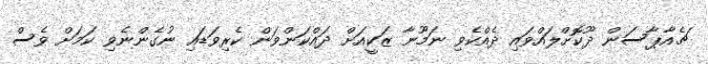
ޗެއާޕާސަން ދޫކޮށްލައްވައި ދެއްކެވި ނަމޫނާ ޒަކީއަށް ދައްކަންވަން ކެރިވަޑައި ނުގެންނެވި ކަމަށް ވެސް